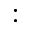
: